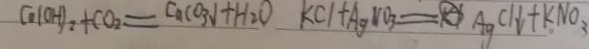
C a ( O H ) _ { 2 } + C O _ { 2 } = C a C O _ { 3 } \downarrow + H _ { 2 } O K C l + A g N O _ { 3 } = A g C l \downarrow + K N O _ { 3 }